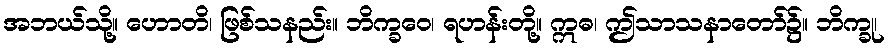
အဘယ်သို့။ ဟောတိ၊ ဖြစ်သနည်း။ ဘိက္ခဝေ၊ ရဟန်းတို့။ ဣဓ၊ ဤသာသနာတော်၌။ ဘိက္ခု၊